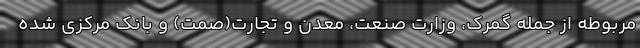
مربوطه از جمله گمرک، وزارت صنعت، معدن و تجارت(صمت) و بانک مرکزی شده